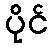
ပိုင်